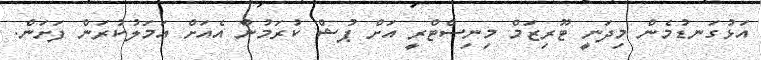
އަޅުގަނޑުމެން މިދަނީ ޓޫރިޒަމް މިނިސްޓްރީ އަށް ޕުޝް ކުރަމުން އެއަށް އަމަލުކުރަން ފަށަން.